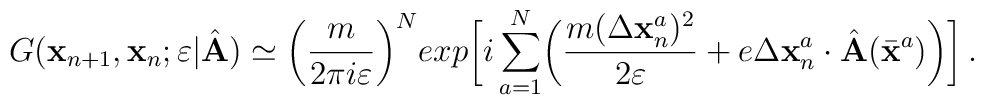
G( {\bf x}_{n+1}, {\bf x}_n;\varepsilon\vert {\hat{\bf A}})\simeq\biggl({m\over{2\pi i\varepsilon}}\biggr)^Nexp\biggl[ i\sum_{a=1}^N \biggl({m(\Delta {\bf x}^a_{n})^2\over2\varepsilon}+ e\Delta {\bf x}^a_{n}\cdot {\hat{\bf A}}({\bar{\bf x}}^a)\biggr)\biggr]\,.